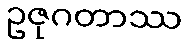
ဥဇုဂတာဿ